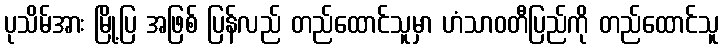
ပုသိမ်အား မြို့ပြ အဖြစ် ပြန်လည် တည်ထောင်သူမှာ ဟံသာဝတီပြည်ကို တည်ထောင်သူ